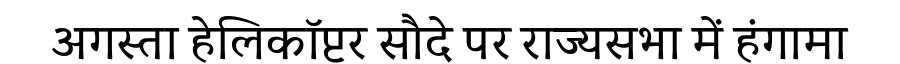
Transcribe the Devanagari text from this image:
अगस्ता हेलिकॉप्टर सौदे पर राज्यसभा में हंगामा